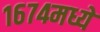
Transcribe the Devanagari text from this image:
१६७४मध्ये